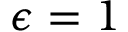
\epsilon = 1